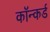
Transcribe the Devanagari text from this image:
कॉन्कर्ड